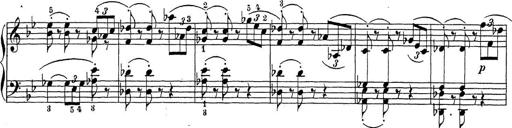
Title: Sonatina Album
Composer: Louis KÃ¶hler